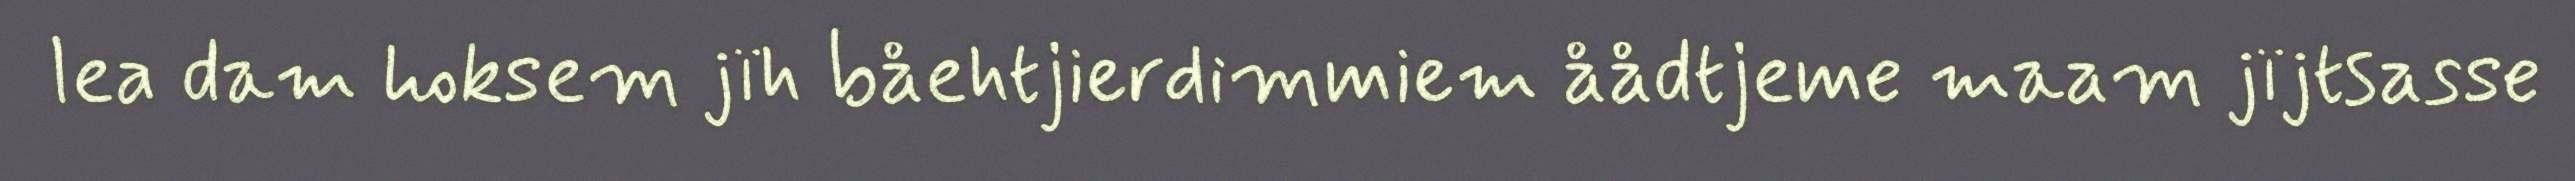
lea dam hoksem jïh båehtjierdimmiem åådtjeme maam jïjtsasse